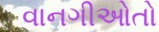
વાનગીઓતો